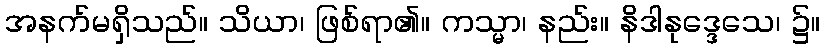
အနက်မရှိသည်။ သိယာ၊ ဖြစ်ရာ၏။ ကသ္မာ၊ နည်း။ နိဒါနုဒ္ဒေသေ၊ ၌။